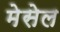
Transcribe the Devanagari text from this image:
मेसेल